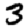
Digit: 3